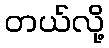
တယ်လို့